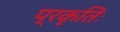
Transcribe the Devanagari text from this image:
प्रकृतिः